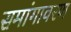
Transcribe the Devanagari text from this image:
समांगावरण